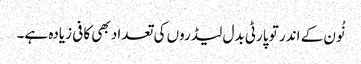
نُون کے اندر تو پارٹی بدل لیڈروں کی تعداد بھی کافی زیادہ ہے۔